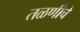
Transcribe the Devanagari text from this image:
तळणीचे